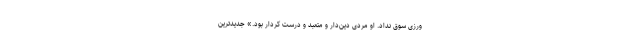
ورزی‌ سوق‌ نداد. او مردی‌ دین‌دار و متعبد و درست‌ کردار بود.» جدیدترین